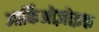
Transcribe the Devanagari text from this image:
आर्किओज़ोइक